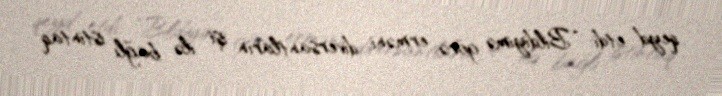
qeyd etdi: “Bildiyimə görə, erməni diversantların işi ilə bağlı istintaq